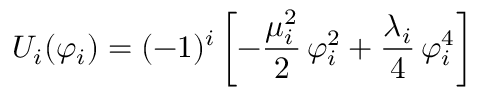
U _ { i } ( \varphi _ { i } ) = ( - 1 ) ^ { i } \left[ - \frac { \mu _ { i } ^ { 2 } } { 2 } \, \varphi _ { i } ^ { 2 } + \frac { \lambda _ { i } } { 4 } \, \varphi _ { i } ^ { 4 } \right]